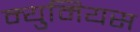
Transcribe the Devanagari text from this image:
म्युमियस